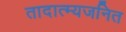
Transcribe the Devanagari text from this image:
तादात्म्यजनित